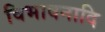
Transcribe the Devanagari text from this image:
विभावनादि